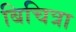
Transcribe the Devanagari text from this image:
बिचित्रा